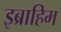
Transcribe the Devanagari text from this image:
इब्राहिम